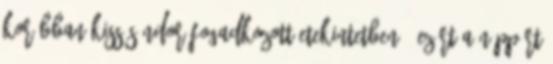
korábban Kiss Sándor fogadkozott etekintetben - ezért a néppárt